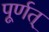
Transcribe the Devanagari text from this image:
पूर्णत्